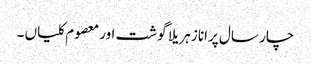
چار سال پرانا زہریلا گوشت اور معصوم کلیاں ۔